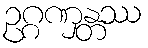
ဥဂ္ဂဏှန္တဿ